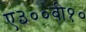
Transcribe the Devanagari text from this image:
ए३००बी१०